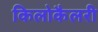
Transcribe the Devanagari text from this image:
किलोकैलरी